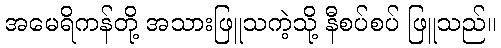
အမေရိကန်တို့ အသားဖြူသကဲ့သို့ နီစပ်စပ် ဖြူသည်။